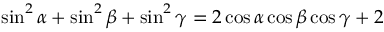
\sin ^ { 2 } \alpha + \sin ^ { 2 } \beta + \sin ^ { 2 } \gamma = 2 \cos \alpha \cos \beta \cos \gamma + 2